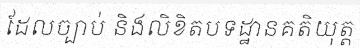
ដែលច្បាប់ និងលិខិតបទដ្ឋានគតិយុត្ត